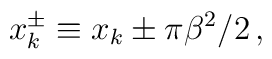
x^\pm_k \equiv x_k \pm \pi \beta ^2/2 \, ,